Statistical return of the lunatic asylum in Assam - 1912-1932
Year: 1912
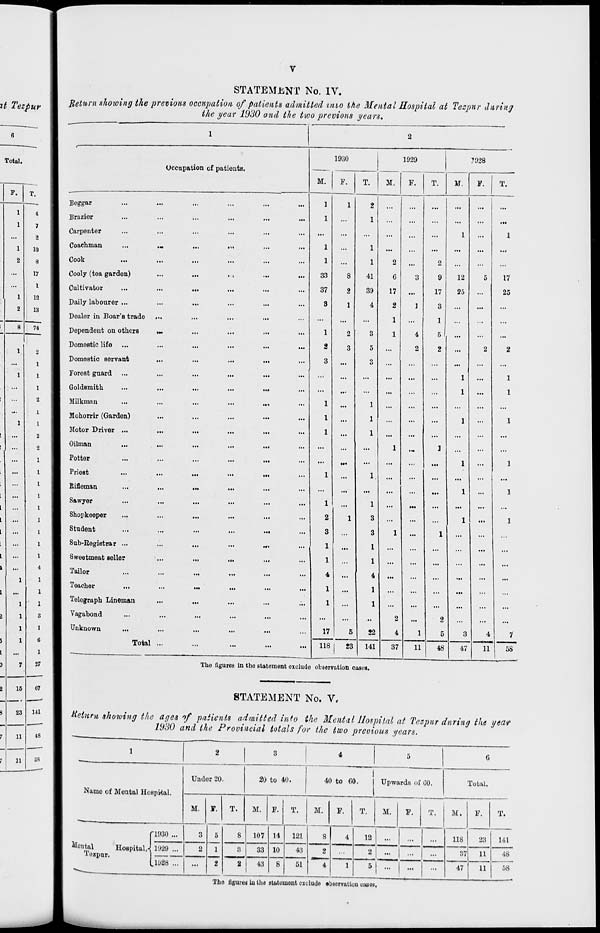
it Tezpur
Total.
P.
1
10
2
8
...
17
...
I
1
12
2
13
8
74
1
2
...
1
1
1
...
1
...
2
1
1
2
2
1
1
1
1
1
1
1
1
1
4
1
1
I
3
1
6
1
27
15
23
11
11
67
Ml
48
08
STATEMENT No. IV.
Return showing the previous occupation of patients admitted into Ike Mental Hospital at Tezpur during
the year 1930 and the two previous years.
Occupation of patients.
Beggar
Brazior
Carpenter
Coachman
Cook
Cooly (tea garden)
Cultivator
Daily labourer ...
Dealer in Boar's trade
Dependent on othcrB
Domestic life
Domestic servant
Forest guard
Goldsmith
Milkman
Mohorrir (Garden)
Motor Driver ...
Oilman
Potter
I'riest
Rifleman
Sawyer
Shopkeeper
Student
Sub-Registrar ...
Sweetmeat seller
Tailor
Teacher
Telegraph Lineman
Vagabond
Unknown
1930
M.
1929
7928
M.
F.
M.
F.
T.
1
1
1
1
33
37
3
1
2
3
8
2
1
2
3
2
1
1
1
41
39
4
3
5
2
G
17
2
1
1
2
9
17
3
1
5
2
12
25
1
2
3
1
1
4
1
1
17
17
25
1
1
Total
118
23
1
8
3
1
1
4
1
1
22
141
2
4
37
11
48
47
4
7
11
58
The figures in the statoment oxeludo observation cases.
STATEMENT No. V.
Return showing the ages of patients admitted info the Mental Hospital at Tezpur during the year
1930 and the Provincial totals for the two preoious years.
1
2
3
4
5
6
Name of Mental Hospital.
Under 20.
20 to 40.
40 to 60.
Upwards of (JO.
Total.
M. I.
5
1
"7
T.
M. F.
T.
M.
F.
T.
M.
F.
T.
M.
F.
T.
fl930 ...
3
8
107 14
121
8
4
12
...
...
118
23
141
teutal
HoBpitalX 1929 ...
'lemur
1 .. .-.
2
8
33 10
43
2
T
2
...
...
...
37
11
•18
111)88 ...
...
2 I 43
8
51
1
5 |
»
■
47
11
58
The ligureu iu the statement exclude •buervatiou eases.